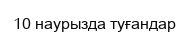
10 наурызда туғандар